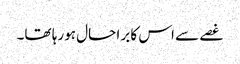
غصے سے اس کا برا حال ہورہا تھا۔